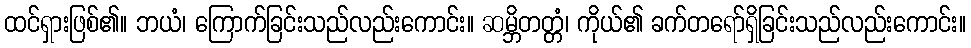
ထင်ရှားဖြစ်၏။ ဘယံ၊ ကြောက်ခြင်းသည်လည်းကောင်း။ ဆမ္ဘိတတ္တံ၊ ကိုယ်၏ ခက်တရော်ရှိခြင်းသည်လည်းကောင်း။